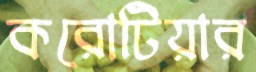
করোটিয়ার